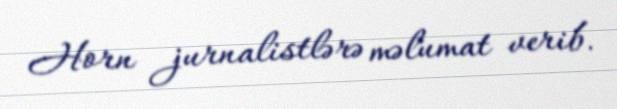
Horn jurnalistlərə məlumat verib.